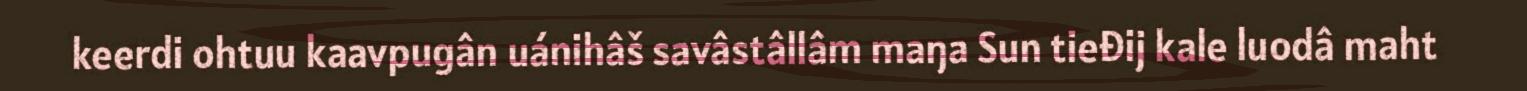
keerdi ohtuu kaavpugân uánihâš savâstâllâm maŋa Sun tieđij kale luodâ maht